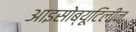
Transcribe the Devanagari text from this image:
आइसोब्यूटिलीन